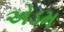
એડમ